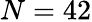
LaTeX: N=42